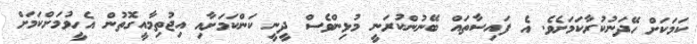
ކަމަކަށް ހޭދަނުކުރާކަމަށެވެ. އެ ފައިސާތައް ބޭނުންކުރަނީ މުޅިންވެސް ދީނީ ކަންކަމަށާއި އިޖުތިމާއީގޮތުން އެހީވުމަށްކަމަށް